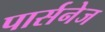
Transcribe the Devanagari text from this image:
पार्सनेज